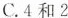
C.4和2